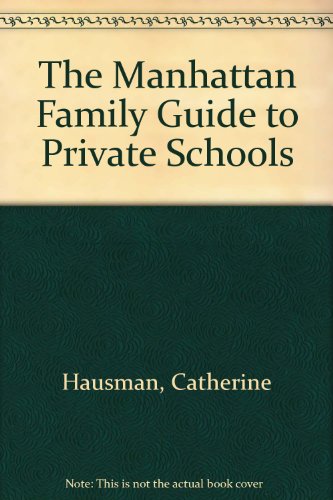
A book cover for The Manhattan Family Guide to Private Schools; Catherine Hausman; Test Preparation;